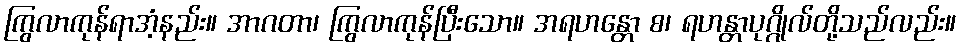
ကြွလာကုန်ရာအံ့နည်း။ အာဂတာ၊ ကြွလာကုန်ပြီးသော။ အရဟန္တော စ၊ ရဟန္တာပုဂ္ဂိုလ်တို့သည်လည်း။